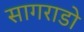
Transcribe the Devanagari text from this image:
सागराडो